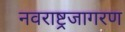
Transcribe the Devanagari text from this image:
नवराष्ट्रजागरण